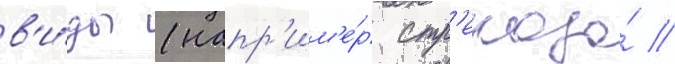
в'и́ды (напр'им'е́р стр'екоза́ //